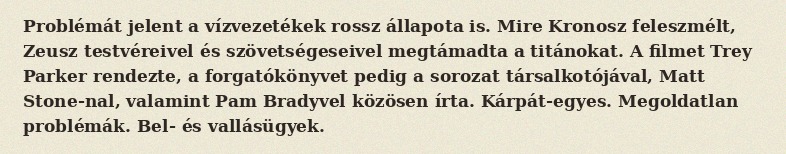
Problémát jelent a vízvezetékek rossz állapota is. Mire Kronosz feleszmélt, Zeusz testvéreivel és szövetségeseivel megtámadta a titánokat. A filmet Trey Parker rendezte, a forgatókönyvet pedig a sorozat társalkotójával, Matt Stone-nal, valamint Pam Bradyvel közösen írta. Kárpát-egyes. Megoldatlan problémák. Bel- és vallásügyek.